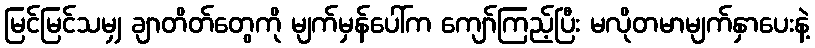
မြင်မြင်သမျှ ချာတိတ်တွေကို မျက်မှန်ပေါ်က ကျော်ကြည့်ပြီး မလိုတမာမျက်နှာပေးနဲ့